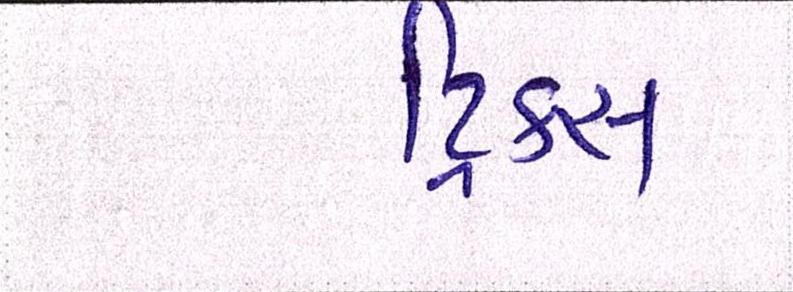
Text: ટ્રિક્સ